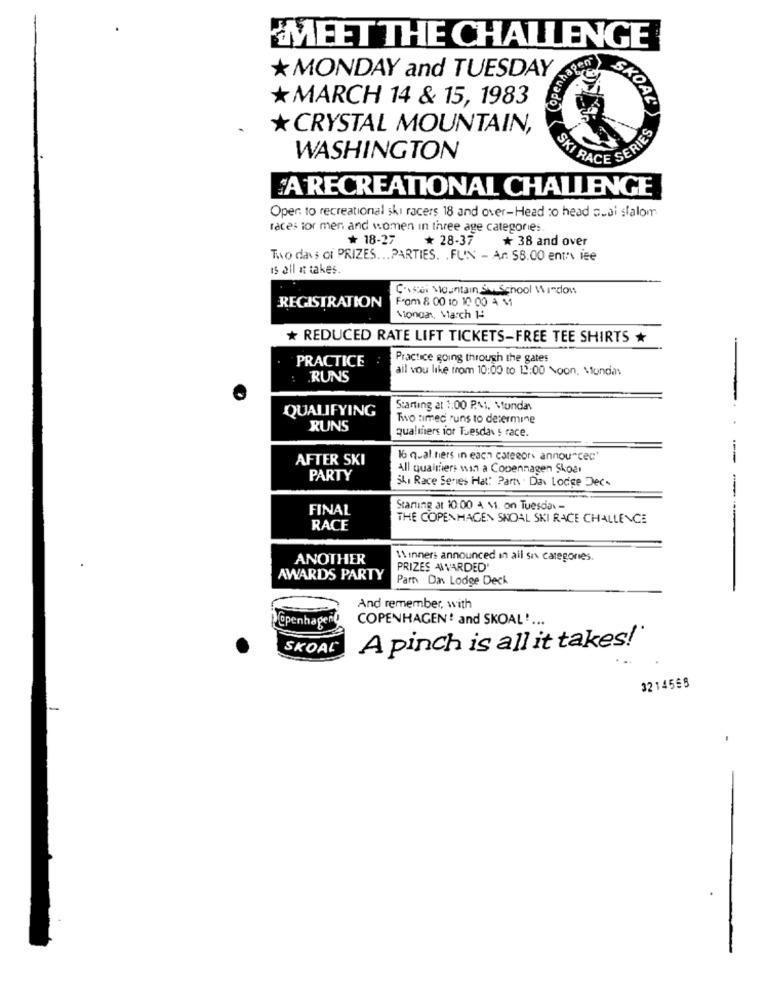
MEET THE CHALLENGE
* MONDAY and TUESDAY
hage
MARCH 14 & 15, 1983
SKOA
* CRYSTAL MOUNTAIN,
WASHINGTON
SKI RACE SERIE
A RECREATIONAL CHALLENGE
Oper to recreational ski racers 18 and over-Head to head s.ai slalom
races for men and women in three age categories
** 18-27
* 28-37
* 38 and over
To days of PRIZES ... PARTIES. . FUN - Ar $8.00 ent's iee
is all it takes.
C'estoi Mountain Su School Window
From 8 00 10 10 00 4 M
REGISTRATION
Niongat, March 14
* REDUCED RATE LIFT TICKETS-FREE TEE SHIRTS
PRACTICE
Practice going through the gates
ail vou like from 10:00 to 12:00 Noon, Mondat
.RUNS
QUALIFYING
Starting at 1:00 P.M. Monday
-
Two timed runs to determine
RUNS
qualifiers for Tuesday s race.
AFTER SKI
16 qual.tiers in each catecor announcec'
All qualifiers win a Copenhagen Skoar
PARTY
Ski Race Series Hat: Part Dan Lodge Dec.
FINAL
Starting at 10:00 A \1. on Tuesdiav =
THE COPENHAGEN SNOAL SKI RACE CHALLENGE
RACE
ANOTHER
Winners announced in ail sa categories
PRIZES A\VARDED'
AWARDS PARTY
Part Das Lodge Deck
And remember, with
openhapert
COPENHAGEN! and SKOAL ....
SKOAL
A pinch is all it takes!"
3214565